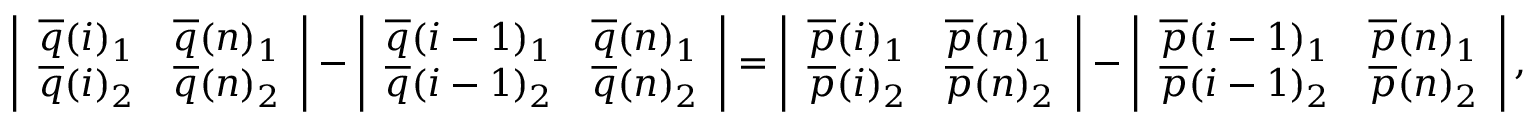
\left| \begin{array} { l l } { \overline { { q } } ( i ) _ { 1 } } & { \overline { { q } } ( n ) _ { 1 } } \\ { \overline { { q } } ( i ) _ { 2 } } & { \overline { { q } } ( n ) _ { 2 } } \end{array} \right| - \left| \begin{array} { l l } { \overline { { q } } ( i - 1 ) _ { 1 } } & { \overline { { q } } ( n ) _ { 1 } } \\ { \overline { { q } } ( i - 1 ) _ { 2 } } & { \overline { { q } } ( n ) _ { 2 } } \end{array} \right| = \left| \begin{array} { l l } { \overline { { p } } ( i ) _ { 1 } } & { \overline { { p } } ( n ) _ { 1 } } \\ { \overline { { p } } ( i ) _ { 2 } } & { \overline { { p } } ( n ) _ { 2 } } \end{array} \right| - \left| \begin{array} { l l } { \overline { { p } } ( i - 1 ) _ { 1 } } & { \overline { { p } } ( n ) _ { 1 } } \\ { \overline { { p } } ( i - 1 ) _ { 2 } } & { \overline { { p } } ( n ) _ { 2 } } \end{array} \right| ,